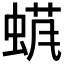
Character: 𱿬